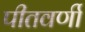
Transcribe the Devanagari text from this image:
पीतवर्णी